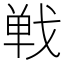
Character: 𢧐